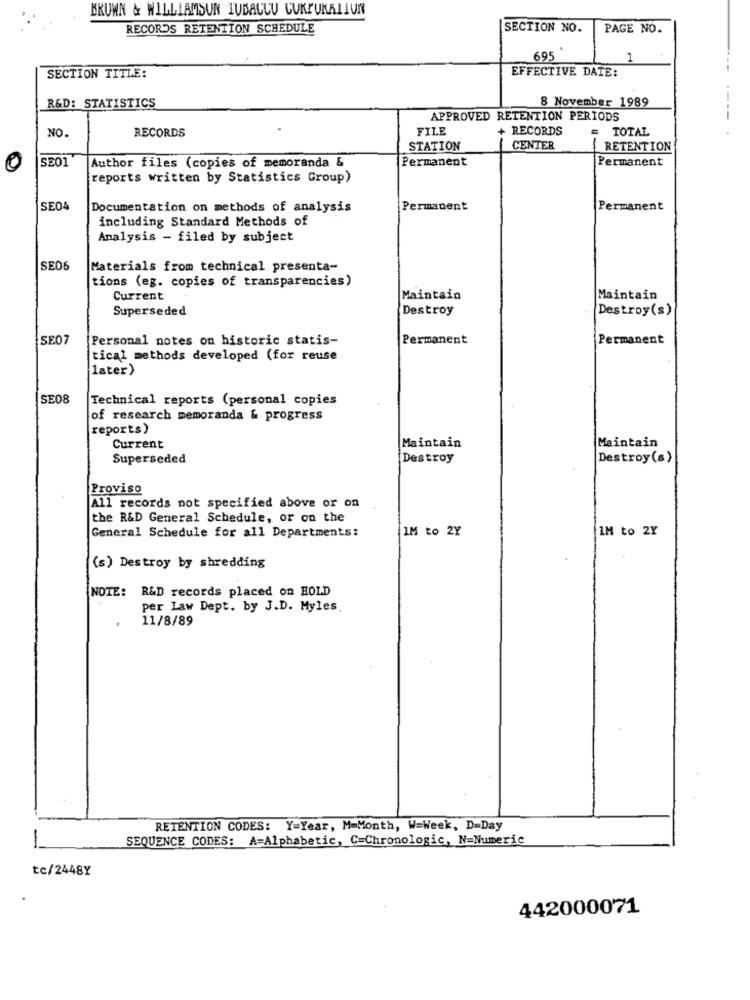
BKUWN & WILLIAMSUN TUBACCU CUKRUKALIUN
RECORDS RETENTION SCHEDULE
SECTION NO.
PAGE NO.
695
1
EFFECTIVE DATE:
SECTION TITLE:
R&D: STATISTICS
8 November 1989
APPROVED RETENTION PERIODS
RECORDS
FILE
+ RECORDS
TOTAL
NO.
STATION
CENTER
/ RETENTION
SE01
Author files (copies of memoranda &
Permanent
Permanent
reports written by Statistics Group)
SE04
Documentation on methods of analysis
Permanent
Permanent
including Standard Methods of
Analysis - filed by subject
SE06
Materials from technical presenta-
tions (eg. copies of transparencies)
Current
Maintain
Maintain
Superseded
Destroy
Destroy(s)
SE07
[Personal notes on historic statis-
Permanent
Permanent
tical methods developed (for reuse
later)
SE08
Technical reports (personal copies
of research memoranda & progress
reports)
Current
Maintain
Maintain
Superseded
Destroy
Destroy (s)
Proviso
All records not specified above or on
the R&D General Schedule, or on the
General Schedule for all Departments:
IM to 2Y
IM to 2Y
(s) Destroy by shredding
NOTE: R&D records placed on HOLD
per Law Dept. by J.D. Myles.
11/8/89
RETENTION CODES: Y=Year, M-Month, W=Week, D=Day
SEQUENCE CODES: A=Alphabetic, C=Chronologic, N=Numeric
-
tc/2448Y
442000071